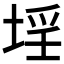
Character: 𡍛